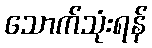
သောက်သုံးရန်